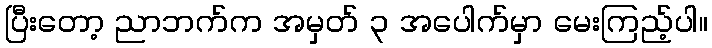
ပြီးတော့ ညာဘက်က အမှတ် ၃ အပေါက်မှာ မေးကြည့်ပါ။